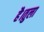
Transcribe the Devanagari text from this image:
है।तुला